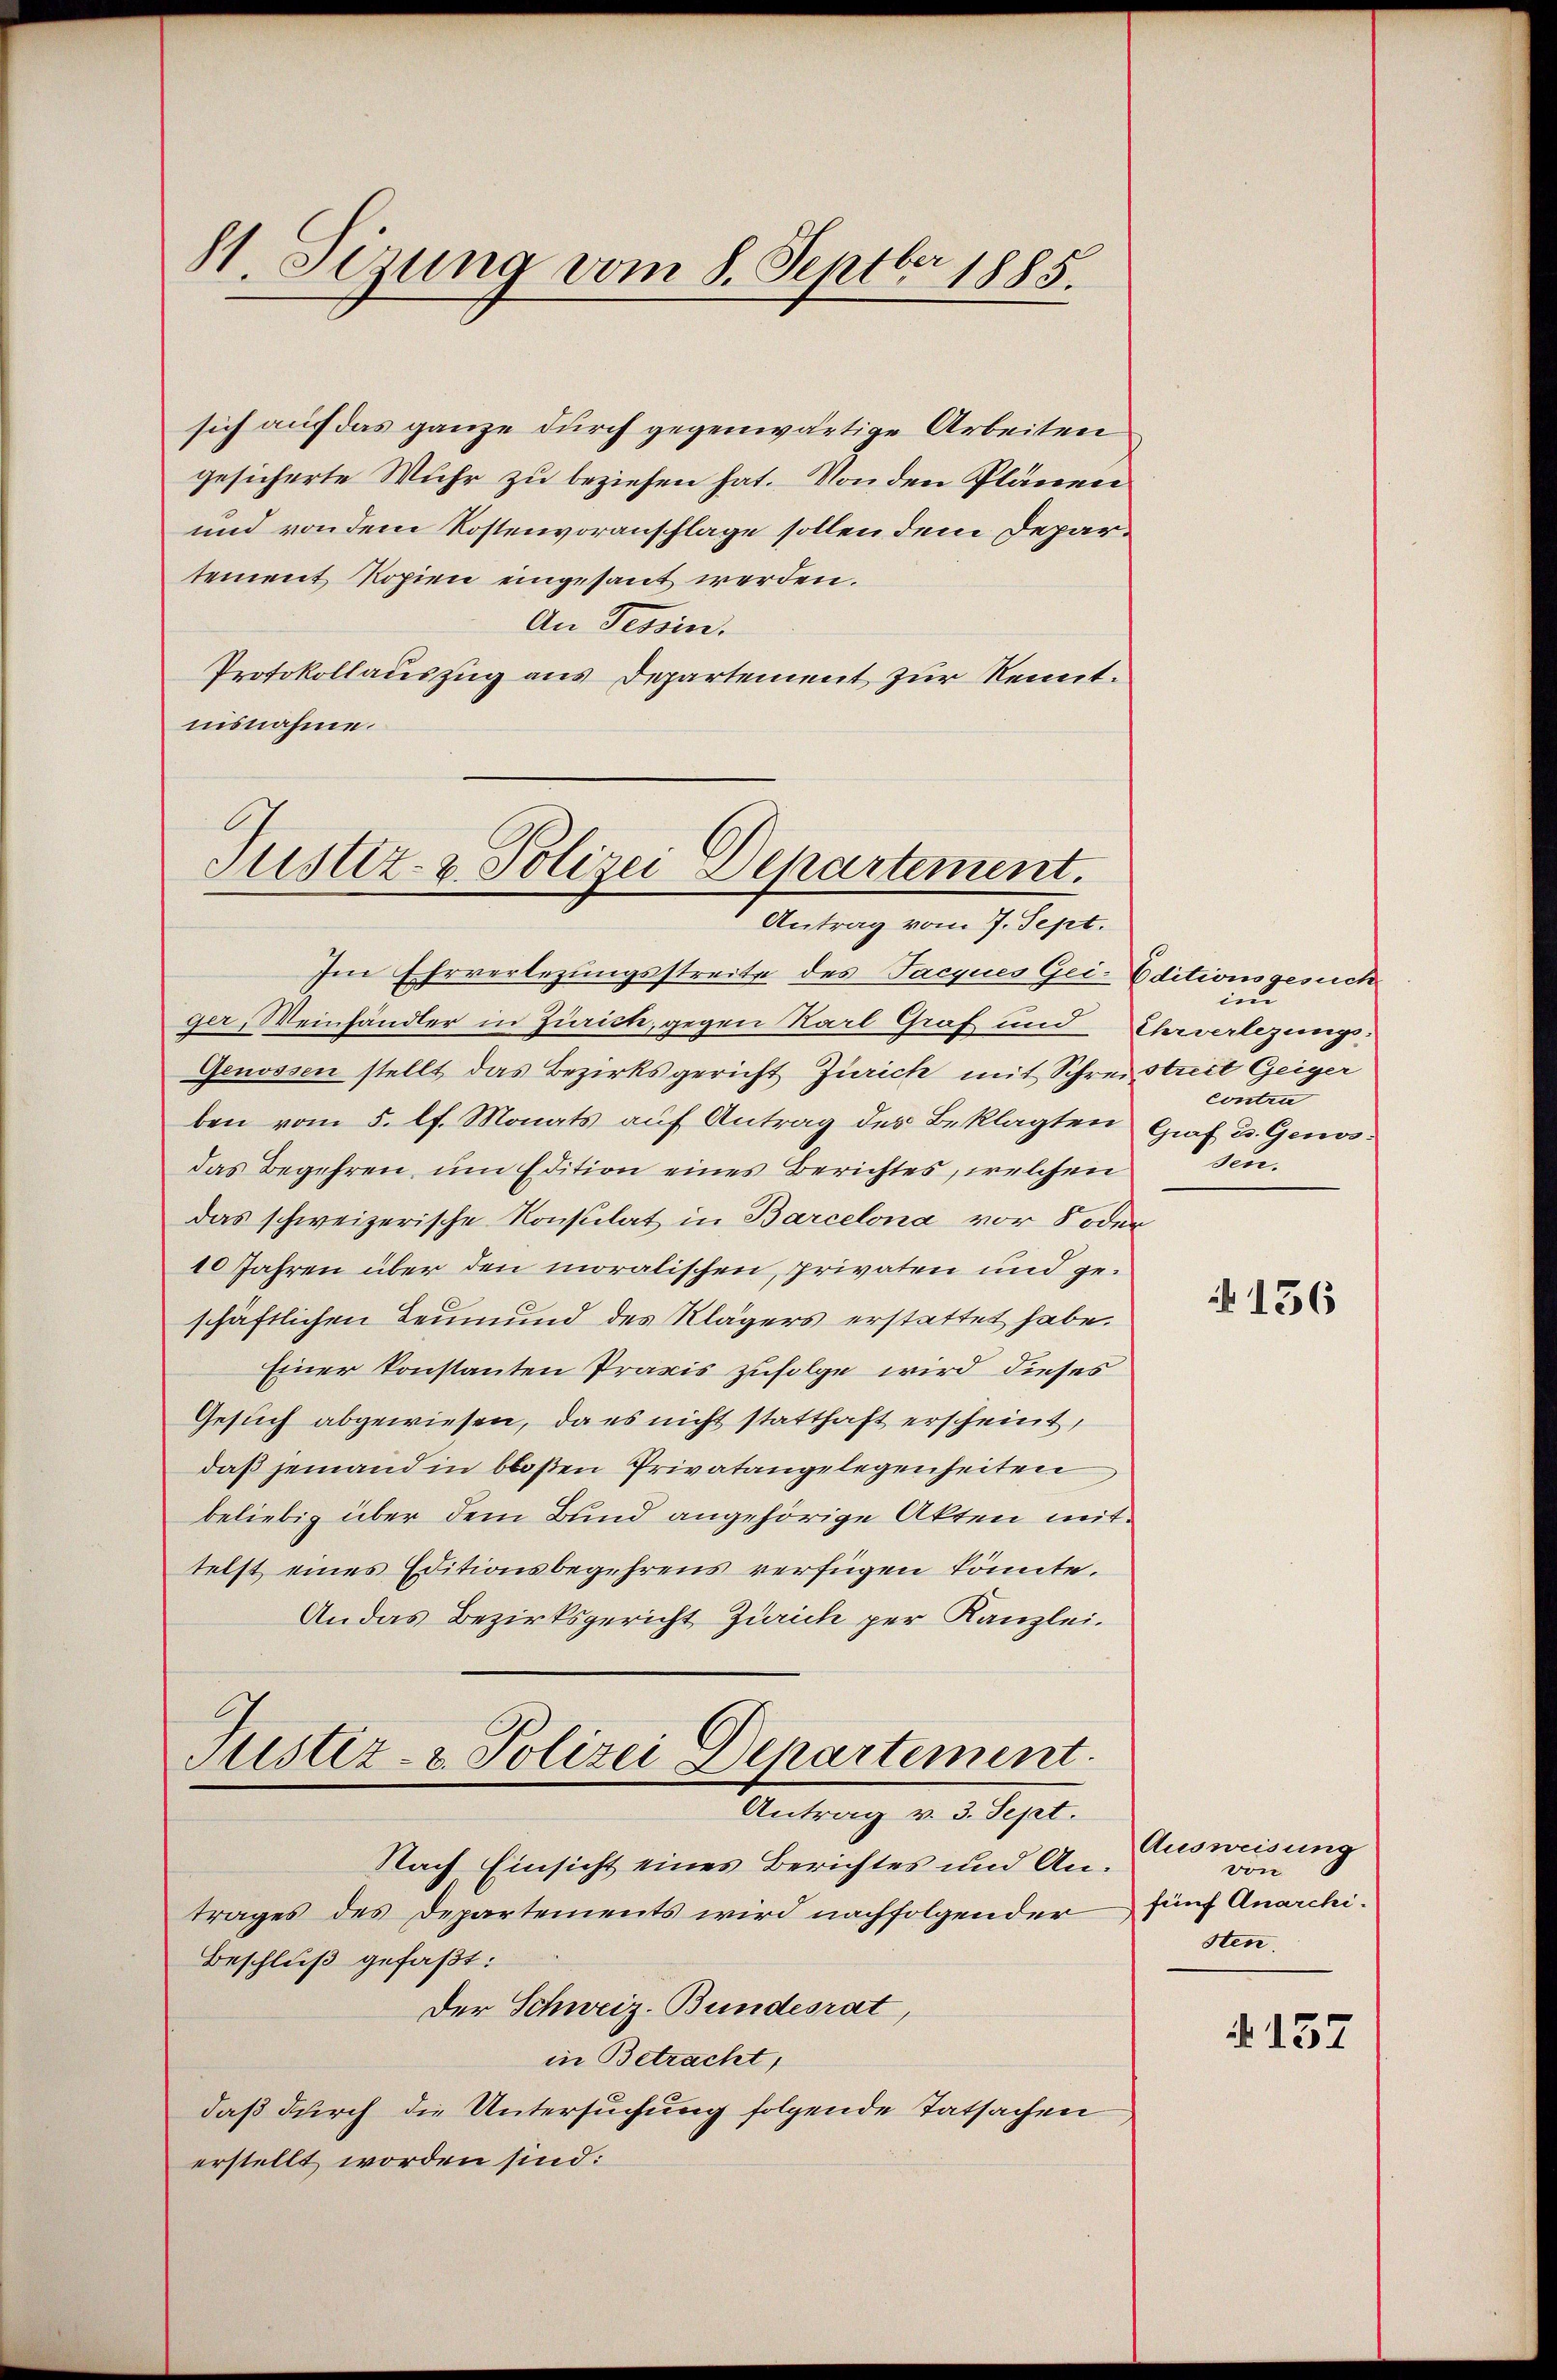
11. Sezung vom 8. Septbr 1885.

sich auf das ganze durch gegenwärtige Arbeiten
gesicherte Wuhr zu beziehen hat. Von den Plänen
und von dem Kostenvoranschlage sollen dem Departement Kopien eingesant werden.
An Tessin.
Protokollauszug aus Departement zur Kenntnisnahme.

Justiz- & Polizei Departement.
Antrag vom 7. Sept.

Im Ehrverlegungsstreite des Jacques Geiger, Weinhändler in Zürich, gegen Karl Graf und
Genossen stellt das Bezirksgericht Zürich mit Schre
ben vom 5. lt. Monats auf Antrag des Beklagten
das Begehren, um Edition eines Berichtes, welchen
das schweizerische Konsulat in Barcelona vor 8 ode
10 Jahren über den moralischen, privaten und geschäftlichen Leumund des Klägers erstattet habe.
Einer konstanten Praxis zufolge wird dieses
Gesuch abgewiesen, da es nicht statthaft erscheint,
daß jemand in bloßen Privatangelegenheiten
beliebig über dem Bund angehörige Akten mir
telst eines Editionsbegehrens verfügen könnte.
Andas Bezirksgericht Zürich per Kanzlei.
Justiz- & Polizei Departement.
Antrag v. 3. Sept.
Nach Einsicht eines Berichtes und Antrages des Departements wird nachfolgender
Beschluß gefaßt:
Der Schweiz. Bundesrat,
in Betracht,
daß durch die Untersuchung folgende Tatsachen
erstellt worden sind:

Oditionsgesuch
im
Ehrverlegungs-
streit Geiger
contra
Graf u. Genos:
sen.

s

156

Ausweisung
von
fünf Anarchisten.

N 137